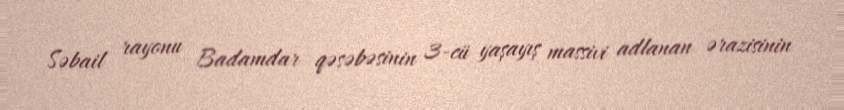
Səbail rayonu Badamdar qəsəbəsinin 3-cü yaşayış massivi adlanan ərazisinin